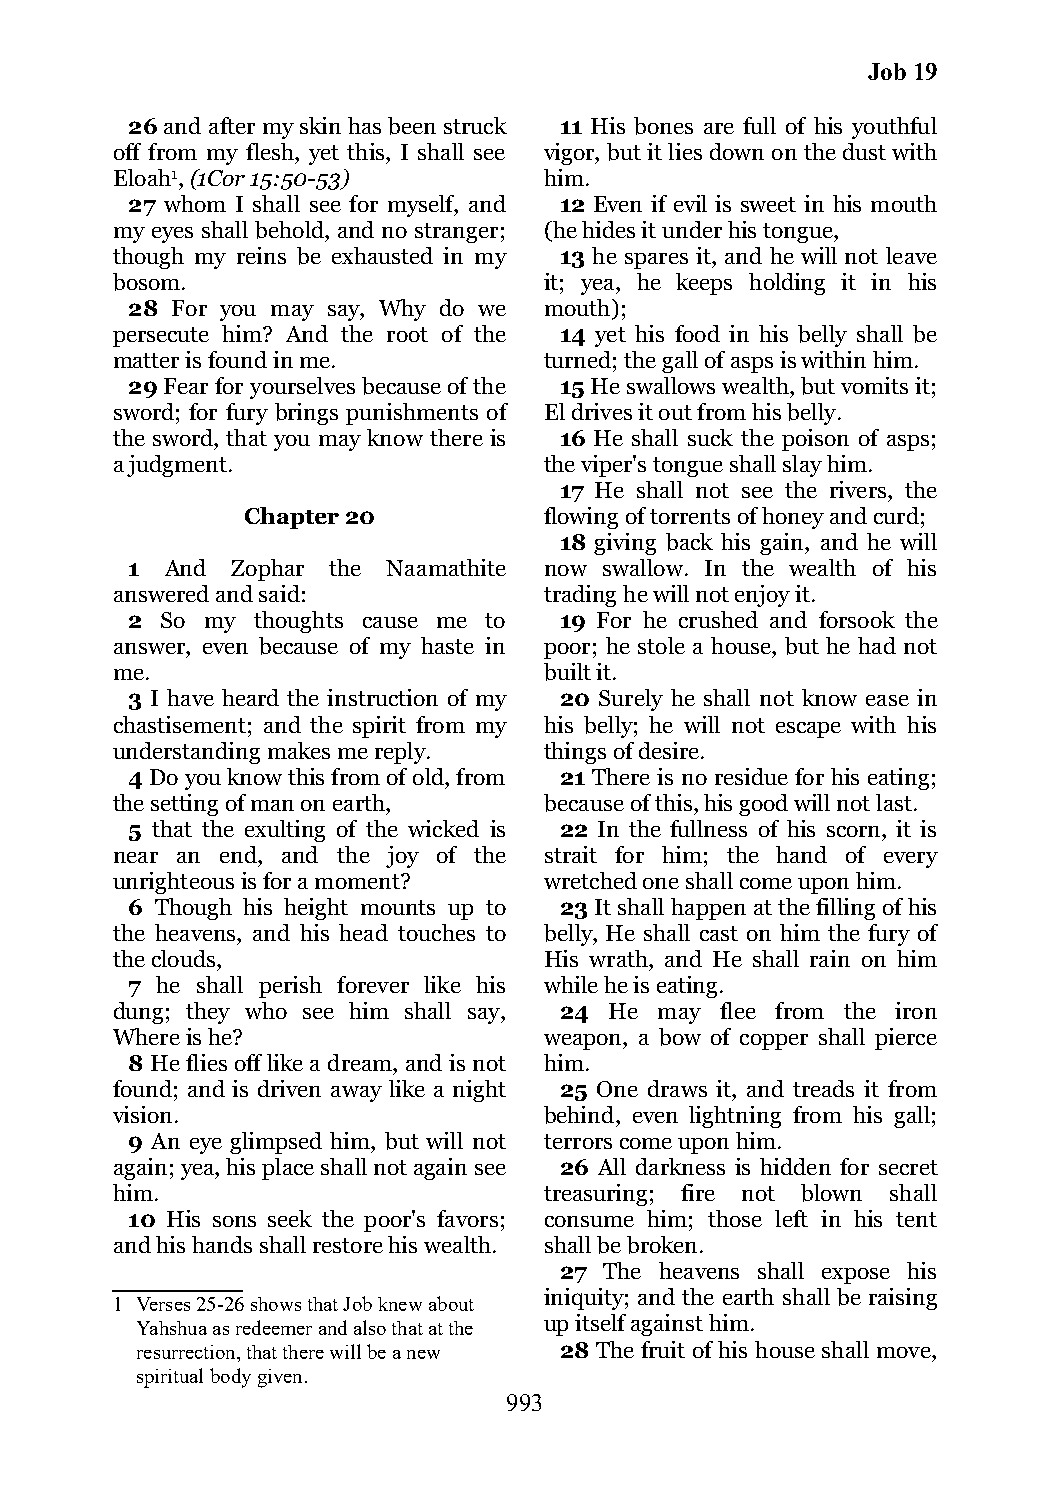
Job 19
 26 and after my skin has been struck 11 His bones are full of his youthful
 off from my flesh, yet this, I shall see vigor, but it lies down on the dust with
 Eloah1, (1Cor 15:50-53)      him.
 27 whom I shall see for myself, and 12 Even if evil is sweet in his mouth
 my eyes shall behold, and no stranger; (he hides it under his tongue,
 though my reins be exhausted in my 13 he spares it, and he will not leave
 bosom.                       it; yea, he keeps holding it in his
 28 For you may say, Why do we mouth);
 persecute him? And the root of the 14 yet his food in his belly shall be
 matter is found in me.       turned; the gall of asps is within him.
 29 Fear for yourselves because of the 15 He swallows wealth, but vomits it;
 sword; for fury brings punishments of El drives it out from his belly.
 the sword, that you may know there is 16 He shall suck the poison of asps;
 a judgment.                  the viper's tongue shall slay him.
 17 He shall not see the rivers, the
 Chapter 20          flowing of torrents of honey and curd;
 18 giving back his gain, and he will
 1  And Zophar the Naamathite now swallow. In the wealth of his
 answered and said:           trading he will not enjoy it.
 2  So my thoughts cause me to 19 For he crushed and forsook the
 answer, even because of my haste in poor; he stole a house, but he had not
 me.                          built it.
 3 I have heard the instruction of my 20 Surely he shall not know ease in
 chastisement; and the spirit from my his belly; he will not escape with his
 understanding makes me reply. things of desire.
 4 Do you know this from of old, from 21 There is no residue for his eating;
 the setting of man on earth, because of this, his good will not last.
 5 that the exulting of the wicked is 22 In the fullness of his scorn, it is
 near an end, and the joy of the strait for him; the hand of every
 unrighteous is for a moment? wretched one shall come upon him.
 6 Though his height mounts up to 23 It shall happen at the filling of his
 the heavens, and his head touches to belly, He shall cast on him the fury of
 the clouds,                  His wrath, and He shall rain on him
 7 he shall perish forever like his while he is eating.
 dung; they who see him shall say, 24 He may flee from the iron
 Where is he?                 weapon, a bow of copper shall pierce
 8 He flies off like a dream, and is not him.
 found; and is driven away like a night 25 One draws it, and treads it from
 vision.                      behind, even lightning from his gall;
 9 An eye glimpsed him, but will not terrors come upon him.
 again; yea, his place shall not again see 26 All darkness is hidden for secret
 him.                         treasuring; fire not blown shall
 10 His sons seek the poor's favors; consume him; those left in his tent
 and his hands shall restore his wealth. shall be broken.
 27 The heavens shall expose his
 iniquity; and the earth shall be raising
 1 Verses 25-26 shows that Job knew about
 Yahshua as redeemer and also that at the up itself against him.
 resurrection, that there will be a new 28 The fruit of his house shall move,
 spiritual body given.
 993